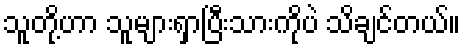
သူတို့ဟာ သူများရှာပြီးသားကိုပဲ သိချင်တယ်။